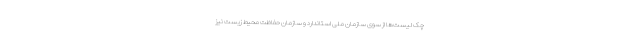
چک لیست‌ها از سوی سازمان ملی استاندارد و سازمان حفاظت محیط زیست نیز